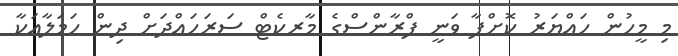
މި މީހުން ހައްޔަރު ކޮށްފާ ވަނީ ފްރާންސްގެ މާރކެޓް ސަރަހައްދަށް ދިން ހަމަލާއަކާ